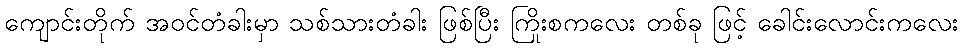
ကျောင်းတိုက် အဝင်တံခါးမှာ သစ်သားတံခါး ဖြစ်ပြီး ကြိုးစကလေး တစ်ခု ဖြင့် ခေါင်းလောင်းကလေး